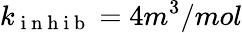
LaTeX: k_{\mathrm{~i~n~h~i~b~}}=4m^{3}/mol